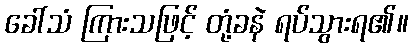
ခေါ်သံ ကြားသဖြင့် တုံ့ခနဲ ရပ်သွားရ၏။